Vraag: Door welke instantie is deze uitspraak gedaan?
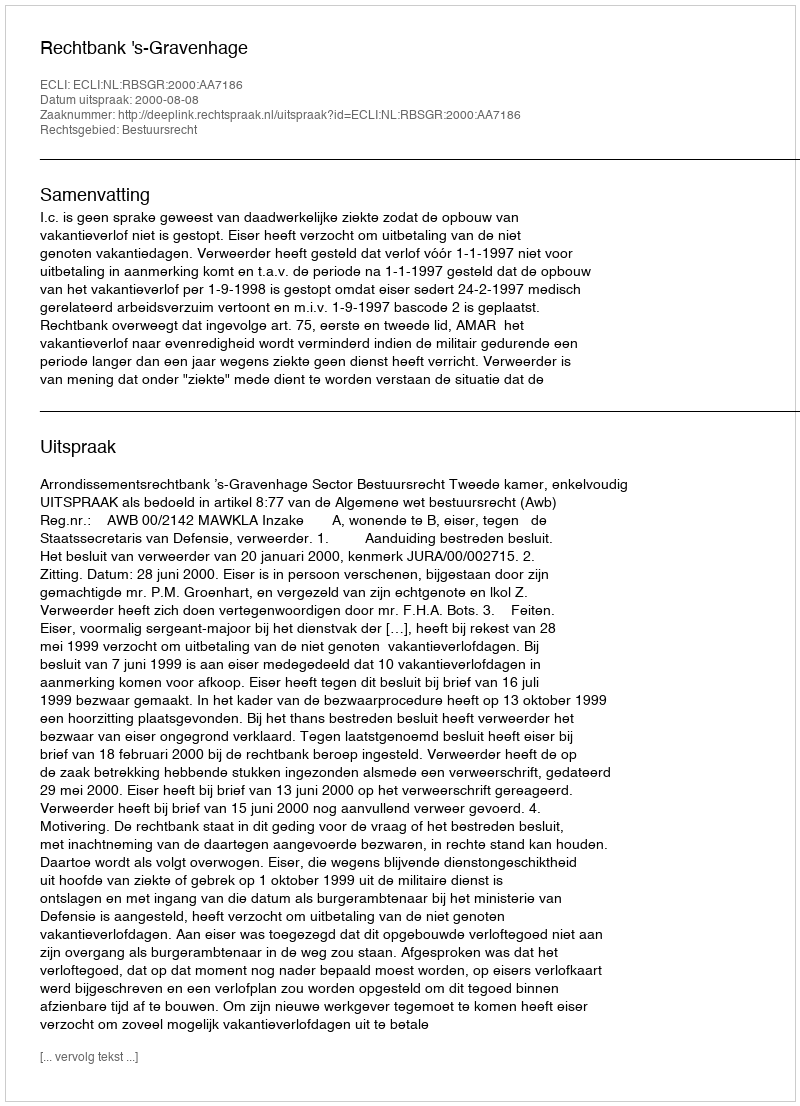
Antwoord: Rechtbank 's-Gravenhage